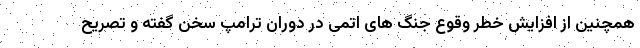
همچنین از افزایش خطر وقوع جنگ های اتمی در دوران ترامپ سخن گفته و تصریح